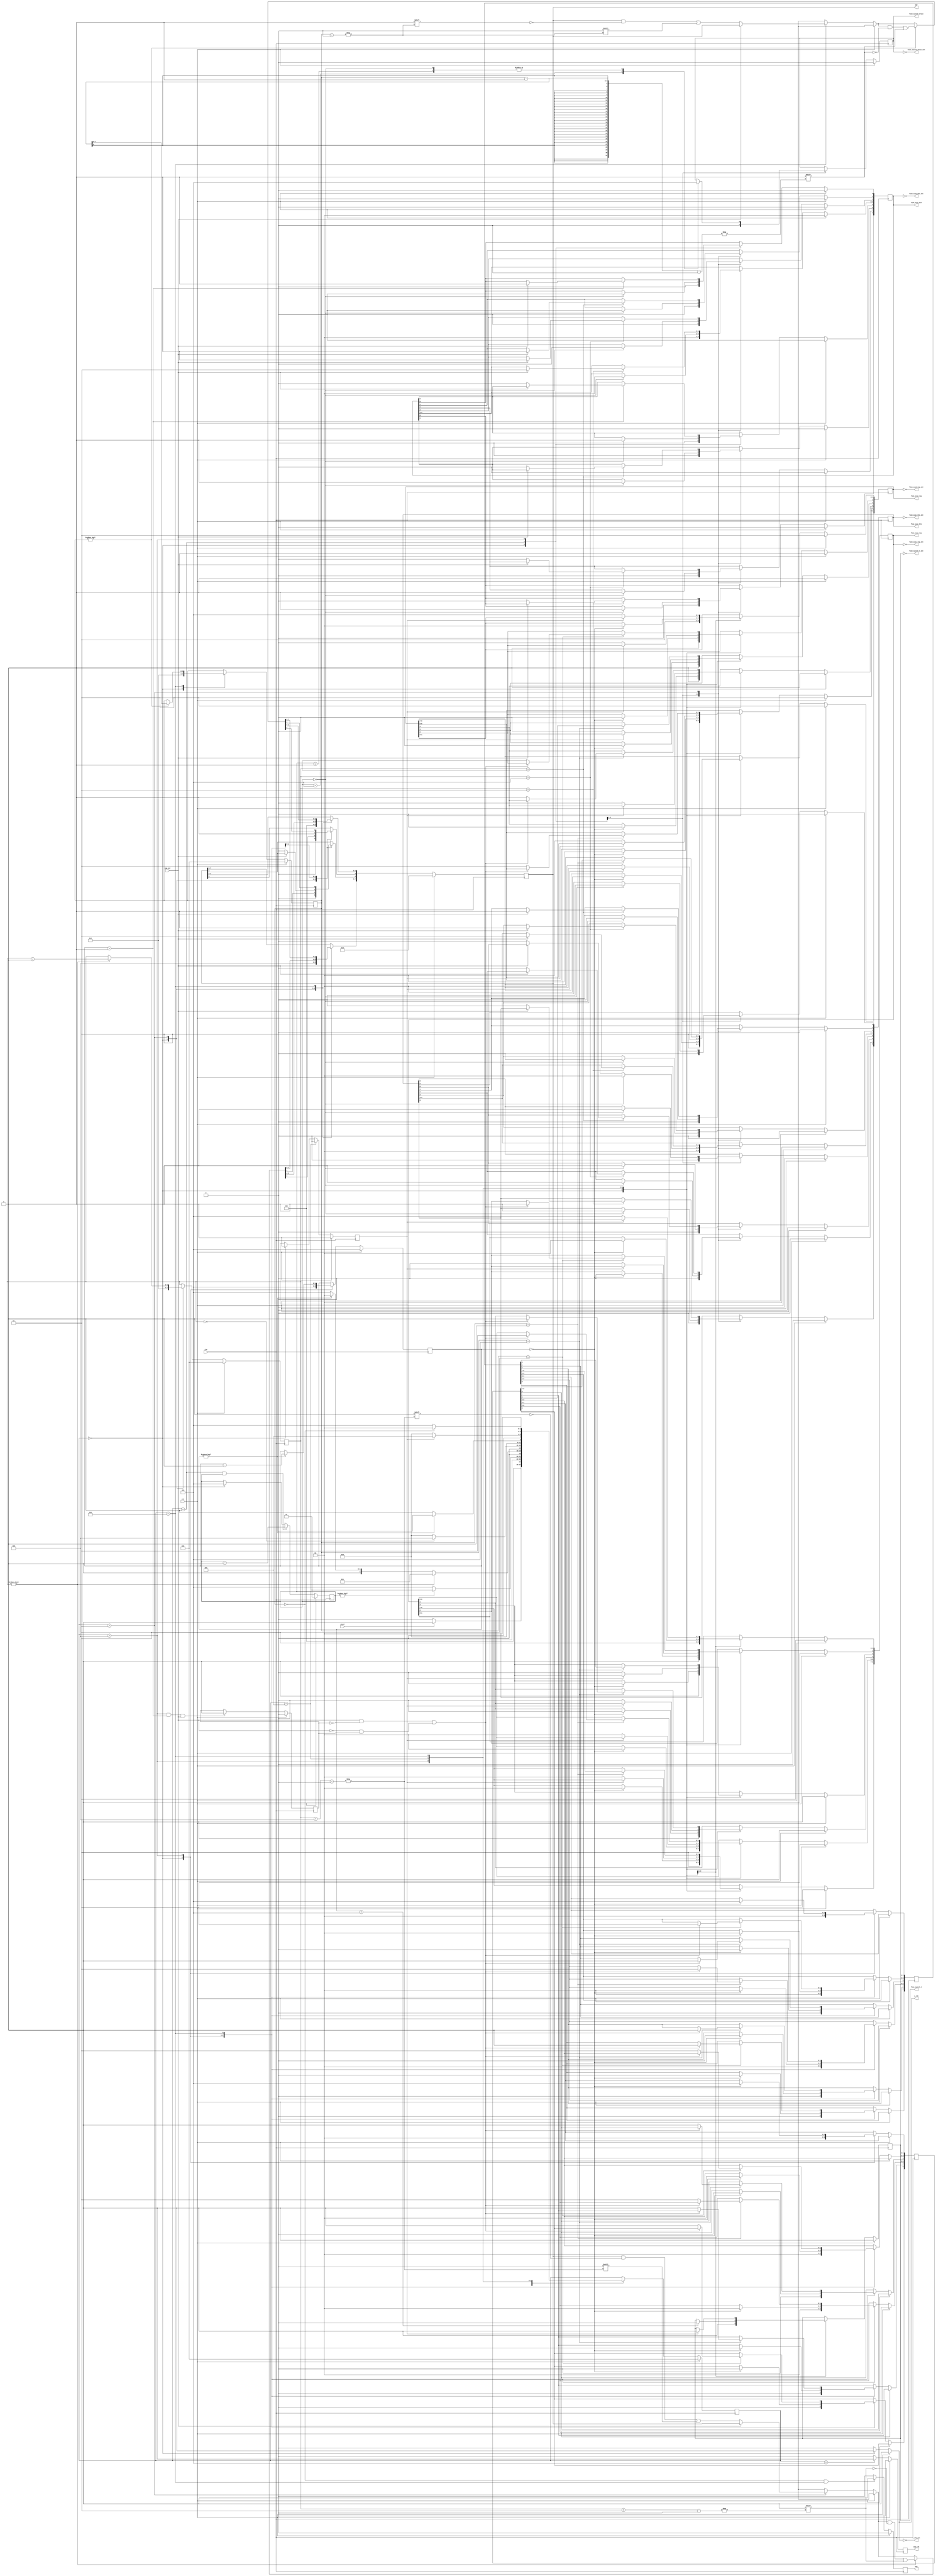
module sar_logic(
	input clk,
	input rst,
	input cnvst,
	input cmp_out,
	output reg [7:0] sar, // digital output
	output reg eoc, // end of conversion
	output reg cmp_clk, // comparator clock

	output reg s_clk, // bootstrap switch clock
	output reg [8:0] fine_sca1_top,
	output reg [8:0] fine_sca1_btm,
	output reg [8:0] fine_sca2_top,
	output reg [8:0] fine_sca2_btm,
	output reg fine_switch_S,
	output reg fine_switch_drain,

	//INVERTED OUTPUTS
	output s_clk_not,
	output [8:0] fine_sca1_top_not,
	output [8:0] fine_sca1_btm_not,
	output [8:0] fine_sca2_top_not,
	output [8:0] fine_sca2_btm_not,
	output fine_switch_S_not,
	output fine_switch_drain_not
	);
	
	parameter S_wait		= 3'd0;
	parameter S_drain 	= 3'd1;
	parameter S_comprst	= 3'd2;
	parameter S_coarse	= 3'd3;
	parameter S_bndset	= 3'd4;
	parameter S_swtop		= 3'd5;
	parameter S_fine		= 3'd6;

	assign s_clk_not = ~s_clk;
	assign fine_sca1_top_not = ~fine_sca1_top;
	assign fine_sca1_btm_not = ~fine_sca1_btm;
	assign fine_sca2_top_not = ~fine_sca2_top;
	assign fine_sca2_btm_not = ~fine_sca2_btm;
	assign fine_switch_S_not = ~fine_switch_S;
	assign fine_switch_drain_not = ~fine_switch_drain;

	reg [8:0] fine_sca1_top_wait;
	reg [8:0] fine_sca2_top_wait;

	reg [3:0] state;
	reg [3:0] b_coarse;
	reg [3:0] b_fine;
	reg [1:0] bndset;
	reg [1:0] drain;
	reg swtop;

	reg fine_up; // 1 if SCA2 has upper bound voltage

	always @(posedge clk) begin //state transitions
		if (rst) 
			state <= S_wait;
		else
			case(state)
				S_wait:
					if(cnvst)
						state <= S_drain;
					else 
						state <= S_wait;
				S_drain:
					if(drain)
						state <= S_drain;
					else
						state <= S_comprst;
				S_comprst:
					if(b_coarse)
						state <= S_coarse;
					else if(bndset)
						state <= S_bndset;
					else
						state <= S_fine;
				S_coarse:
					if(b_coarse==0)
						state <= S_bndset;
					else
						state <= S_comprst;
				S_bndset:
					if(bndset)
						state <= S_bndset;
					else
						state <= S_swtop;
				S_swtop:
					if(swtop)
						state <= S_swtop;
					else
						state <= S_comprst;	
				S_fine:
					if(b_fine==0)
						state <= S_wait;
					else
						state <= S_comprst;

			endcase
	end


	always @(posedge clk) begin //eoc
		if (rst) 
			// reset
			eoc <= 0;
		else 
			if (b_fine == 0 && state == S_fine) 
				eoc <= 1;
			else
				eoc <= 0;
	end

	always @(posedge clk) begin //bndset
		if (rst)
			// reset
			bndset <= 2;
		else 
			case(state)
				S_wait:
					bndset <= 2;
				S_bndset:
					if(bndset)
						bndset <= bndset - 1;
			endcase
	end

	always @(posedge clk) begin //b_coarse
		if (rst)
			// reset
			b_coarse <= 0;
		else 
			case(state)
				S_wait:
					b_coarse <= 4'd3;
				S_coarse:
					if(b_coarse)
						b_coarse <= b_coarse - 1;
			endcase
	end

	always @(posedge clk) begin //b_fine
		if (rst)
			// reset
			b_fine <= 0;
		else 
			case(state)
				S_wait:
					b_fine <= 4'd3;
				S_fine:
					if(b_fine)
						b_fine <= b_fine - 1;
			endcase
	end

	always @(*) begin //s_clk
		if (rst) 
			// reset
			s_clk <= 1;
		else 
			if (state == S_wait) 
				s_clk <= 1;
			else
				s_clk <= 0;
	end

	always @(posedge clk) begin //cmp_clk
		if (rst) 
			// reset
			cmp_clk <= 0;
		else 
			if (state == S_comprst) 
				cmp_clk <= 1;
			else
				cmp_clk <= 0;
	end

	always @(posedge clk) begin //fine_up
		if (rst) 
			// reset
			fine_up <= 0;
		else 
			if (state == S_bndset == 1 && bndset == 1 && cmp_out) 
				fine_up <= 1;
	end

	always @(posedge clk) begin //drain
		if (rst) 
			// reset
			drain <= 1;
		else 
			if (state == S_drain && drain)
				drain <= drain - 1;
			else if (state == S_wait)
				drain <= 2;
	end

	always @(posedge clk) begin //swtop
		if (rst) 
			// reset
			swtop <= 1;
		else 
			if (state == S_swtop) 
				swtop <= 0;
			else if (state == S_wait)
				swtop <= 1;
	end

	always @(posedge clk) begin //sar
		if (rst) begin
			// reset
			sar <= 0;
		end
		else
			case(state)
				S_wait:
					sar <= 8'b10000000;
				S_coarse: begin
					if(cmp_out == 0)
						sar[b_coarse+4'd4] <= 0;
					if(b_coarse)
						sar[b_coarse+4'd3] <= 1;
				end
				S_bndset: begin
					if(cmp_out == 0)
						sar[4'd4] <= 0;
					sar[4'd3] <= 1;
				end
				S_fine: begin
					if(cmp_out == 0)
						sar[b_fine] <= 0;
					if(b_fine)
						sar[b_fine-1] <= 1;
				end
			endcase
	end


	always @(posedge clk) begin //DAC_switch_control
		if (rst) begin
			// reset
			fine_sca1_top <= 9'b111111111;
			fine_sca1_btm <= 9'b000000000;
			fine_sca2_top <= 9'b111111111;
			fine_sca2_btm <= 9'b000000000;
			fine_switch_S <= 1;
			fine_switch_drain <= 0;
		end
		else
			case(state)
				S_wait: begin
					fine_sca1_top <= 9'b111111111;
					fine_sca1_btm <= 9'b000000000;
					fine_sca2_top <= 9'b111111111;
					fine_sca2_btm <= 9'b000000000;
					fine_switch_S <= 1;
					fine_sca1_top_wait <= 9'b000000000;
					fine_sca2_top_wait <= 9'b000000000;
					fine_switch_drain <= 0;
				end
				S_drain:
					case(drain)
						2'd2:
							fine_switch_drain <= 1;
						2'd1:
							fine_switch_drain <= 0;
						2'd0: begin
							fine_switch_drain <= 0;
							fine_sca1_btm <= 9'b111100000;
							fine_sca2_btm <= 9'b111100000;
							end
						endcase
				S_coarse:
					case(b_coarse)
						4'd3:
							if(cmp_out) begin
								fine_sca1_btm[4:3] <= 2'b11;
								fine_sca2_btm[4:3] <= 2'b11;
							end		

							else begin
								fine_sca1_btm[8] <= 0;
								fine_sca2_btm[8] <= 0;
							end
						4'd2:
							if(cmp_out) begin
								fine_sca1_btm[2] <= 1;
								fine_sca2_btm[2] <= 1;
							end		
											
							else begin
								fine_sca1_btm[7] <= 0;
								fine_sca2_btm[7] <= 0;
							end
						4'd1:
							if(cmp_out) begin
								fine_sca1_btm[1] <= 1;
								fine_sca2_btm[1] <= 1;
							end		
											
							else begin
								fine_sca1_btm[6] <= 0;
								fine_sca2_btm[6] <= 0;
							end

					endcase

				S_bndset:
					case(bndset)
						2:
							fine_switch_S <= 0;
						1:
							if(cmp_out) begin
								fine_sca2_btm[0] <= 1;
							end		
											
							else begin
								fine_sca2_btm[5] <= 0;
							end
						0: begin
							fine_sca1_top_wait <= 9'b000000010;
							fine_sca2_top_wait <= 9'b000000010;
							fine_sca1_top <= 9'b000000000;
							fine_sca2_top <= 9'b000000000;
						end
							

					endcase

				S_swtop: 
					if(swtop)
						fine_switch_S <= 1;
					else begin
						fine_sca2_top <= 9'b000000010;
						fine_sca1_top <= 9'b000000010;
					end

				S_fine:
					case(b_fine)
						4'd3:
							if( (cmp_out && fine_up == 0) || (cmp_out == 0 && fine_up) ) begin
								fine_sca1_top_wait[3:2] <= 2'b11;
								fine_sca1_top_wait[8] <= 1;
								fine_sca1_top[2] <= 1;
							end		
											
							else begin
								fine_sca2_top_wait[3:2] <= 2'b11;
								fine_sca2_top_wait[8] <= 1;
								fine_sca2_top[2] <= 1;
							end
						4'd2:
							if( (cmp_out && fine_up == 0) || (cmp_out == 0 && fine_up) ) begin
								fine_sca1_top_wait[7] <= 1;
								fine_sca1_top_wait[4] <= 1;
								fine_sca1_top[3] <= fine_sca1_top_wait[3];
								fine_sca2_top[3] <= fine_sca2_top_wait[3];
								fine_sca1_top[4] <= 1;
							end		
											
							else begin
								fine_sca2_top_wait[7] <= 1;
								fine_sca2_top_wait[4] <= 1;
								fine_sca2_top[3] <= fine_sca2_top_wait[3];
								fine_sca1_top[3] <= fine_sca1_top_wait[3];
								fine_sca2_top[4] <= 1;							
							end
						4'd1:
							if( (cmp_out && fine_up == 0) || (cmp_out == 0 && fine_up) ) begin
								fine_sca1_top_wait[6:5] <= 2'b11;
								fine_sca1_top[8:7] <= fine_sca1_top_wait[8:7];
								fine_sca2_top[8:7] <= fine_sca2_top_wait[8:7];
								fine_sca1_top[6:5] <= 2'b11;
							end		
											
							else begin
								fine_sca2_top_wait[6:5] <= 2'b11;
								fine_sca2_top[8:7] <= fine_sca2_top_wait[8:7];
								fine_sca1_top[8:7] <= fine_sca1_top_wait[8:7];
								fine_sca2_top[6:5] <= 2'b11;
							end
						// 4'd0:
						// 	if( (cmp_out && fine_up == 0) || (cmp_out == 0 && fine_up) ) begin
						// 		fine_sca1_top[6:5] <= 2'b11;
						// 		fine_sca1_top[0] <= 1;
						// 	end		
											
						// 	else begin
						// 		fine_sca2_top[6:5] <= 2'b11;
						// 		fine_sca2_top[0] <= 1;
						// 	end

					endcase				
			endcase
		
	end

endmodule